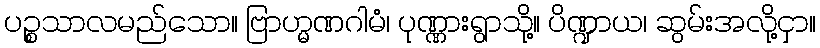
ပဉ္စသာလမည်သော။ ဗြာဟ္မဏဂါမံ၊ ပုဏ္ဏားရွာသို့။ ပိဏ္ဍာယ၊ ဆွမ်းအလို့ငှာ။